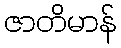
ဇာတိမာန်